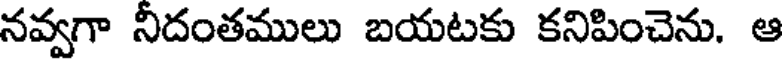
నవ్వగా నీదంతములు బయటకు కనిపించెను. ఆ